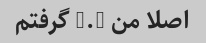
اصلا من 3.8 گرفتم